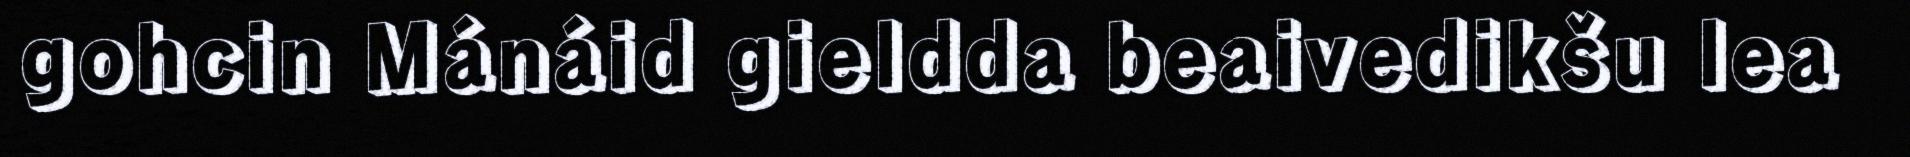
gohcin Mánáid gieldda beaivedikšu lea